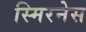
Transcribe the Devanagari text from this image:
स्मिरनेस